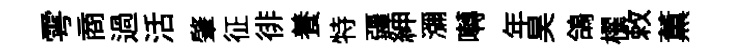
雩商過活肇征徘養特疆紳瀰囀年昊鴿櫂敕薫